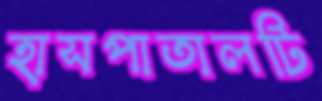
হাসপাতালটি